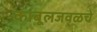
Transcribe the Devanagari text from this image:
काबूलजवळचे